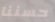
حسننا